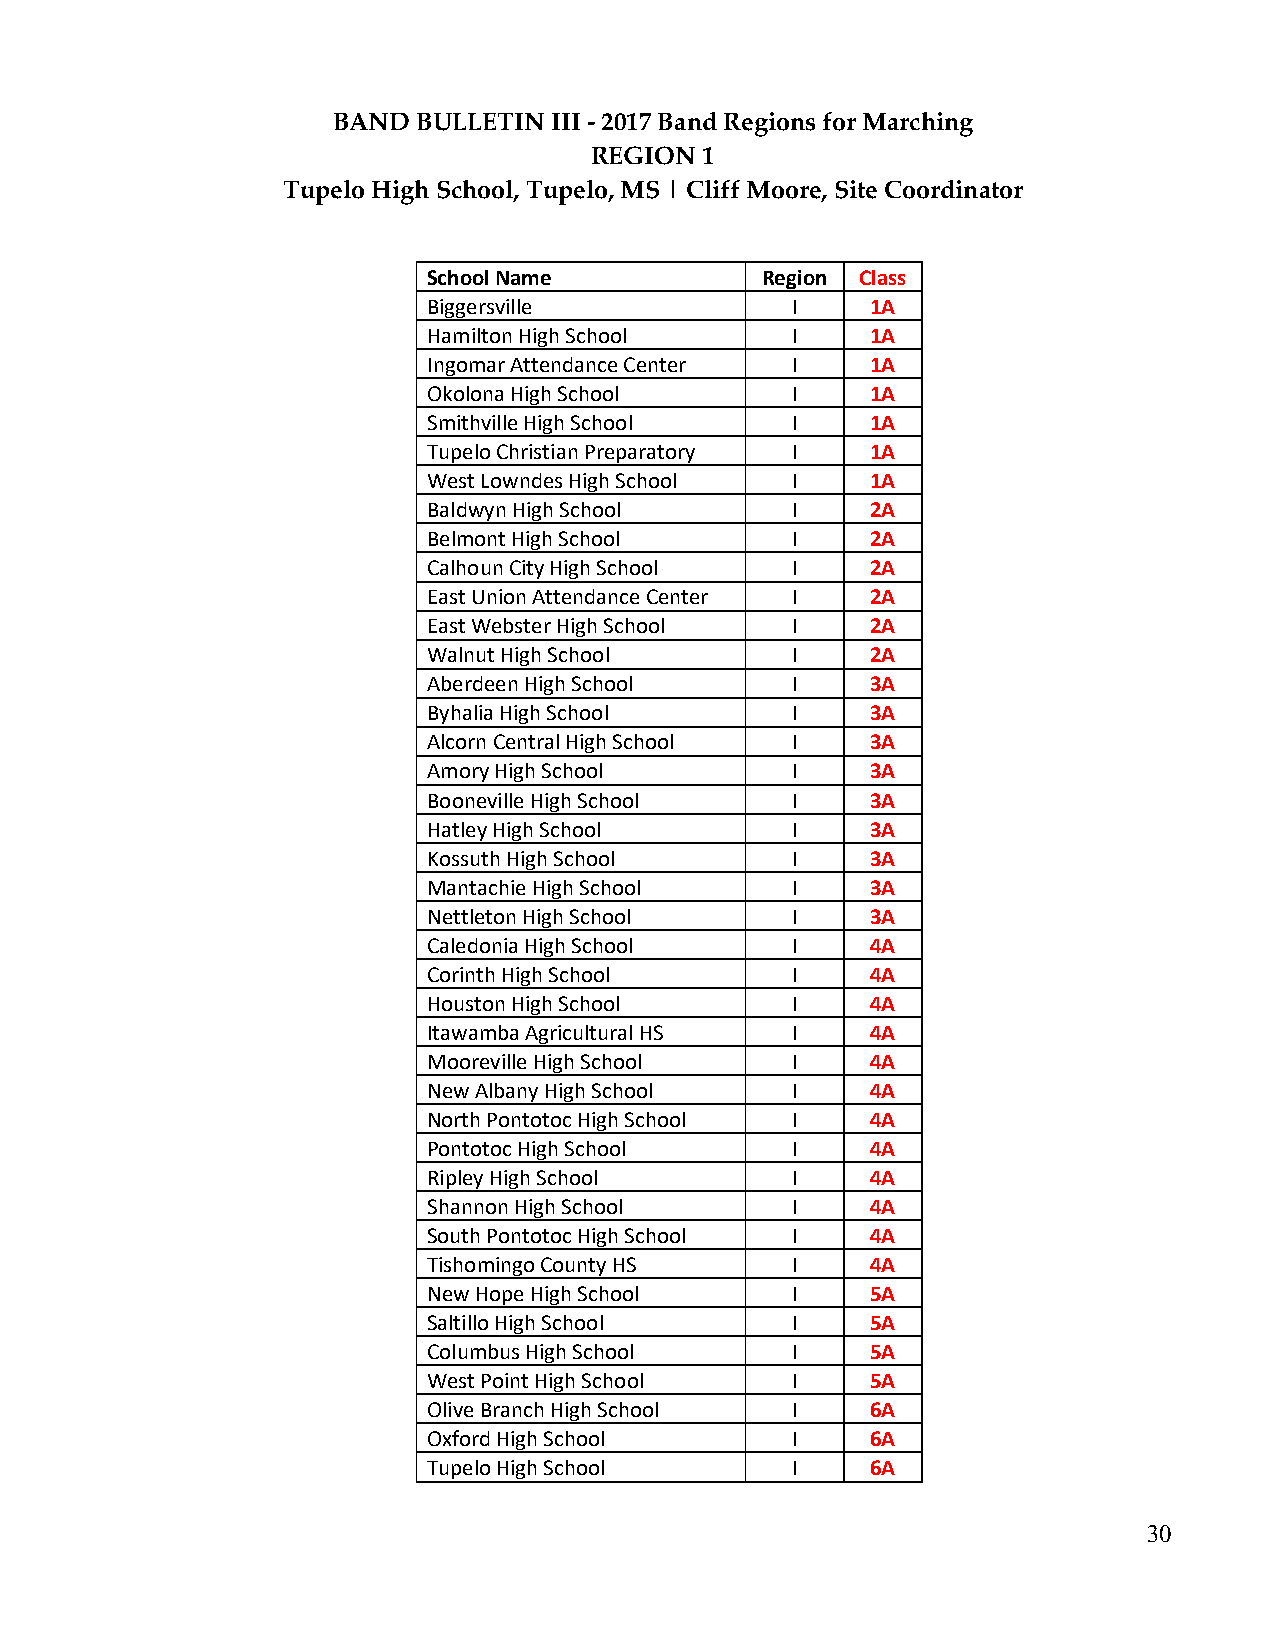
BAND  BULLETIN III - 2017 Band Regions for Marching
 REGION  1
 Tupelo High School, Tupelo, MS | Cliff Moore, Site Coordinator
 School Name           Region Class
 Biggersville            I     1A
 Hamilton High School    I     1A
 Ingomar Attendance Center I   1A
 Okolona High School     I     1A
 Smithville High School  I     1A
 Tupelo Christian Preparatory I 1A
 West Lowndes High School I    1A
 Baldwyn High School     I     2A
 Belmont High School     I     2A
 Calhoun City High School I    2A
 East Union Attendance Center I 2A
 East Webster High School I    2A
 Walnut High School      I     2A
 Aberdeen High School    I     3A
 Byhalia High School     I     3A
 Alcorn Central High School I  3A
 Amory High School       I     3A
 Booneville High School  I     3A
 Hatley High School      I     3A
 Kossuth High School     I     3A
 Mantachie High School   I     3A
 Nettleton High School   I     3A
 Caledonia High School   I     4A
 Corinth High School     I     4A
 Houston High School     I     4A
 Itawamba Agricultural HS I    4A
 Mooreville High School  I     4A
 New Albany High School  I     4A
 North Pontotoc High School I  4A
 Pontotoc High School    I     4A
 Ripley High School      I     4A
 Shannon High School     I     4A
 South Pontotoc High School I  4A
 Tishomingo County HS    I     4A
 New Hope High School    I     5A
 Saltillo High School    I     5A
 Columbus High School    I     5A
 West Point High School  I     5A
 Olive Branch High School I    6A
 Oxford High School      I     6A
 Tupelo High School      I     6A
 30